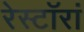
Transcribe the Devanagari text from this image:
रेस्टॉरां